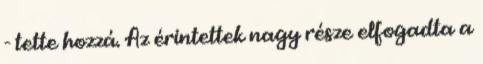
- tette hozzá. Az érintettek nagy része elfogadta a